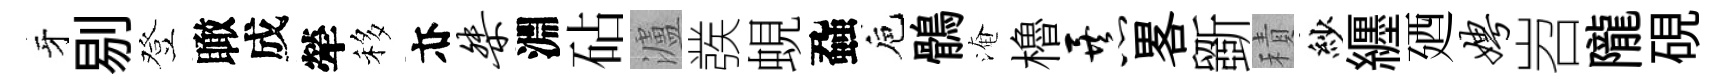
牙剔登瞰成犖移亦桀淵砧瀘彂蜆蝨巵鶻淹櫓暴畧斵積紗纒廼娉岧隴硯